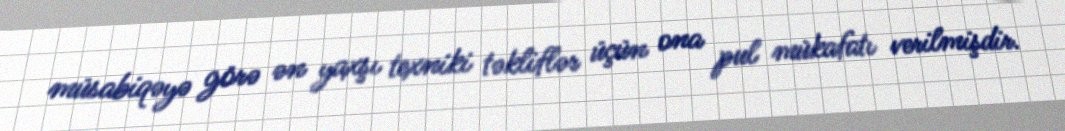
müsabiqəyə görə ən yaxşı texniki təkliflər üçün ona pul mükafatı verilmişdir.